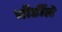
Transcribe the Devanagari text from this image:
चीर्डीले